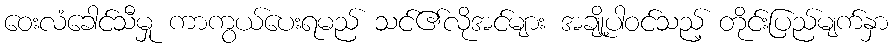
ဝေးလံခေါင်သီမှု ကာကွယ်ပေးရမည် သင်၏လိုအင်များ အချို့ပါဝင်သည့် တိုင်းပြည်မျက်နှာ